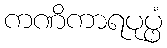
ကဏိကာရပုပ္ဖံ